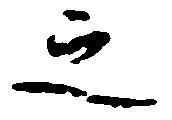
之